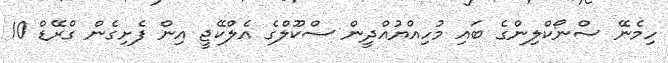
ހިމެނޭ ސްނޯކްލިންގެ ބައި މުހިއްޔުއްދީން ސްކޫލްގެ އެލްކޭޖީ އިން ފެށިގެން ގްރޭޑް 10